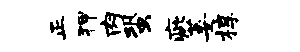
正狎肉蛩疵萎椁